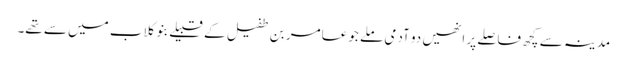
مدینہ سے کچھ فاصلے پر انھیں دو آدمی ملے جو عامر بن طفیل کے قبیلے بنو کلاب میں سے تھے۔